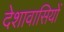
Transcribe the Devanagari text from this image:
देशावासियों